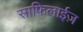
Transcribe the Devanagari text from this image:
साफिलाईज़